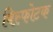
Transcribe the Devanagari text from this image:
बिस्फोटक